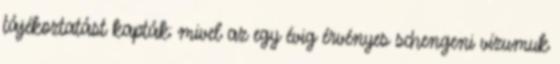
tájékoztatást kapták: mivel az egy évig érvényes schengeni vízumuk